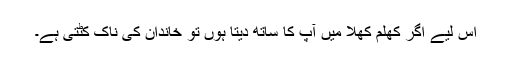
اس لیے اگر کھلم کھلا میں آپ کا ساتھ دیتا ہوں تو خاندان کی ناک کٹتی ہے۔